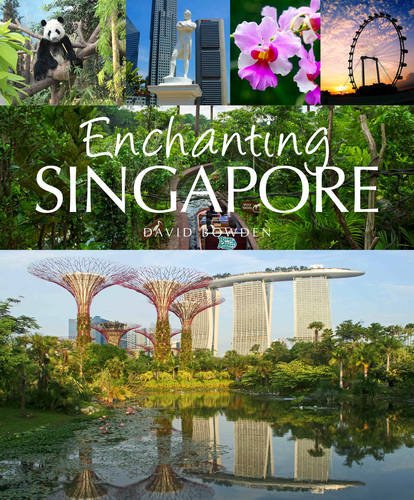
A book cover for Enchanting Singapore; David Bowden; Travel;